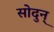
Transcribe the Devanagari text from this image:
सोदुन्